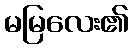
မမြလေး၏